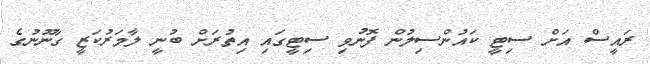
ރައީސް އަށް ސިޓީ ކައުންސިލުން ފޮނުވި ސިޓީގައި އިތުރަށް ބުނީ ލާމަރުކަޒީ ގާނޫނުގެ